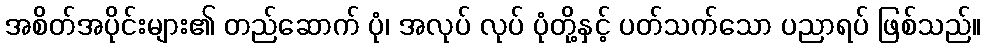
အစိတ်အပိုင်းများ၏ တည်ဆောက် ပုံ၊ အလုပ် လုပ် ပုံတို့နှင့် ပတ်သက်သော ပညာရပ် ဖြစ်သည်။